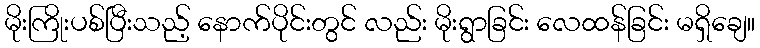
မိုးကြိုးပစ်ပြီးသည့် နောက်ပိုင်းတွင် လည်း မိုးရွာခြင်း လေထန်ခြင်း မရှိချေ။